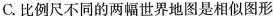
C.比例尺不同的两幅世界地图是相似图形